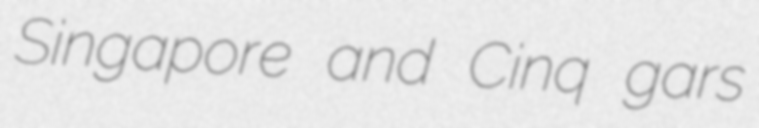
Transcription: Singapore and Cinq gars